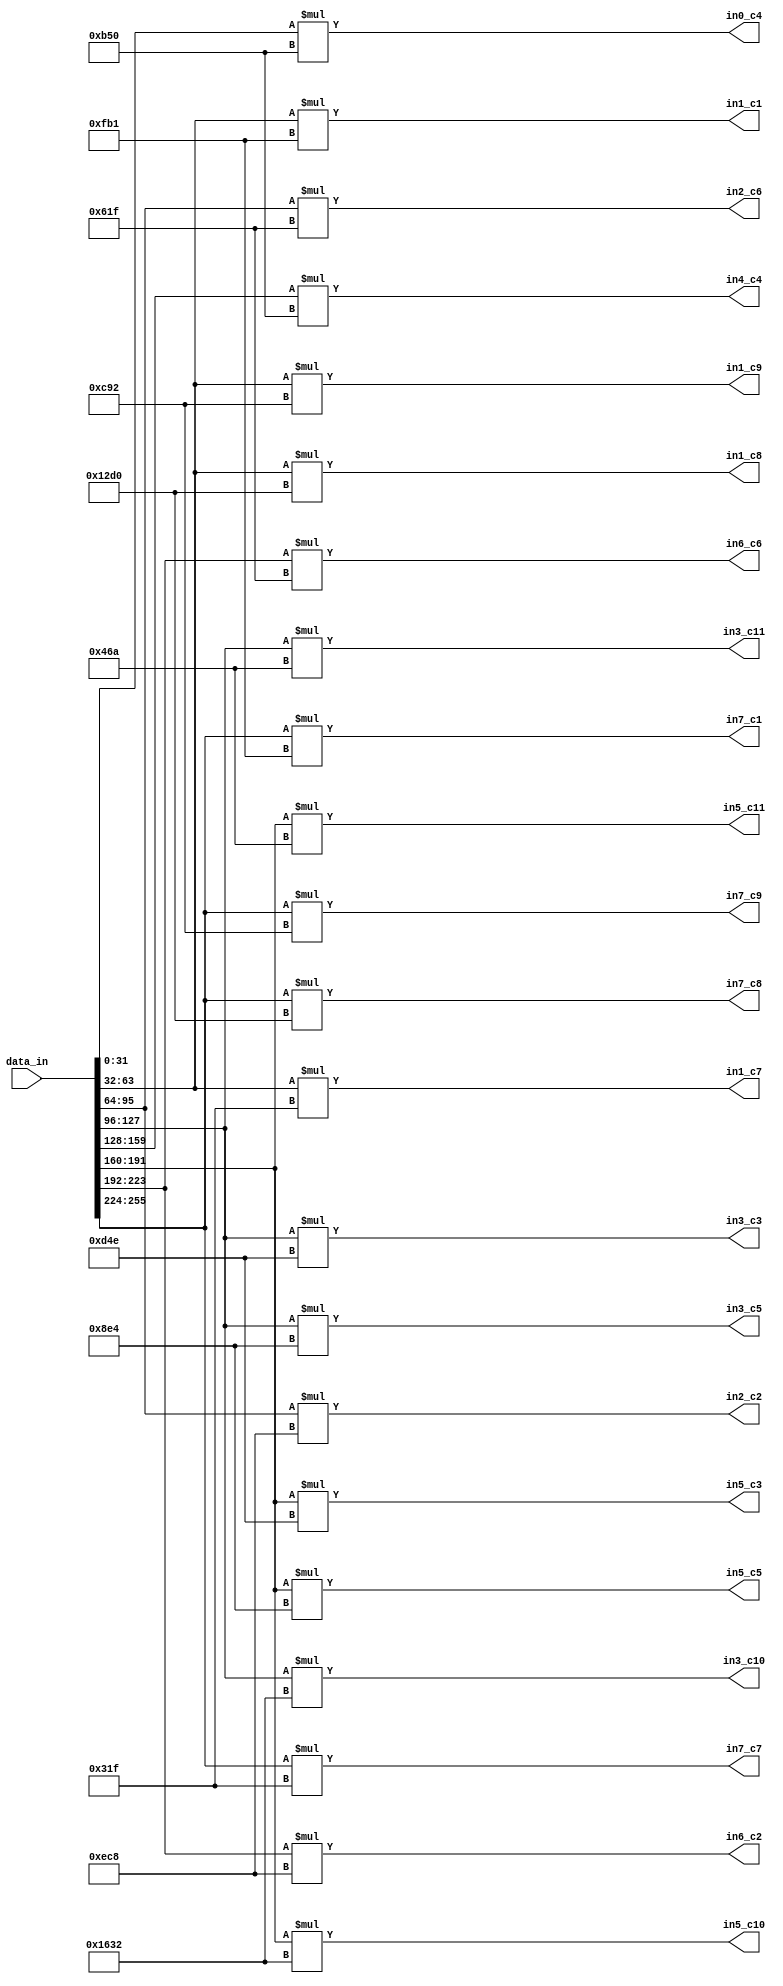
module idct_mul(
input[255:0]data_in, 
output [31:0] in0_c4, in1_c7, in1_c1, in2_c6, in2_c2, in3_c3, in3_c5, in4_c4, in5_c3, in5_c5, in6_c6, in6_c2, in7_c7, in7_c1, in1_c8, in1_c9, in7_c8, in7_c9, in5_c10, in5_c11, in3_c10, in3_c11
    );
    parameter C1 = 4017; // cos( pi/16) x4096
    parameter C2 = 3784; // cos(2pi/16) x4096
    parameter C3 = 3406; // cos(3pi/16) x4096
    parameter C4 = 2896; // cos(4pi/16) x4096
    parameter C5 = 2276; // cos(5pi/16) x4096
    parameter C6 = 1567; // cos(6pi/16) x4096
    parameter C7 = 799;  // cos(7pi/16) x4096
    
    parameter C8 = 4017+799; // C1 + C7
    parameter C9 = 4017-799; // C1 - C7
    parameter C10 = 3406+2276; // C3 + C5
    parameter C11 = 3406-2276; // C3 - C5
    
    assign in0_c4 = data_in[31:0]*C4;
    assign in1_c7 = data_in[63:32]*C7;
    assign in1_c1 = data_in[63:32]*C1;
    assign in2_c6 = data_in[95:64]*C6;
    assign in2_c2 = data_in[95:64]*C2; 
    assign in3_c3 = data_in[127:96]*C3;  
    assign in3_c5 = data_in[127:96]*C5;  
    assign in4_c4 = data_in[159:128]*C4;
    assign in5_c3 = data_in[191:160]*C3;
    assign in5_c5 = data_in[191:160]*C5; 
    assign in6_c6 = data_in[223:192]*C6;
    assign in6_c2 = data_in[223:192]*C2;
    assign in7_c7 = data_in[255:224]*C7;
    assign in7_c1 = data_in[255:224]*C1;
    
    assign in1_c8 = data_in[63:32]*C8;
    assign in1_c9 = data_in[63:32]*C9;
    assign in7_c8 = data_in[255:224]*C8;
    assign in7_c9 = data_in[255:224]*C9;
    assign in5_c10 = data_in[191:160]*C10;
    assign in5_c11 = data_in[191:160]*C11;
    assign in3_c10 = data_in[127:96]*C10;
    assign in3_c11 = data_in[127:96]*C11;
    
endmodule